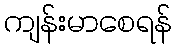
ကျန်းမာစေရန်